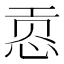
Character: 𰑟